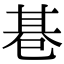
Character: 𢁂